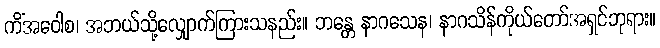
ကိံအဝေါစ၊ အဘယ်သို့လျှောက်ကြားသနည်း။ ဘန္တေ နာဂသေန၊ နာဂသိန်ကိုယ်တော်အရှင်ဘုရား။